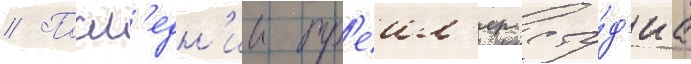
// Посл'едн'ии тр'еил'ер сту́д'иа